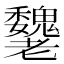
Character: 𦓌